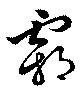
霜